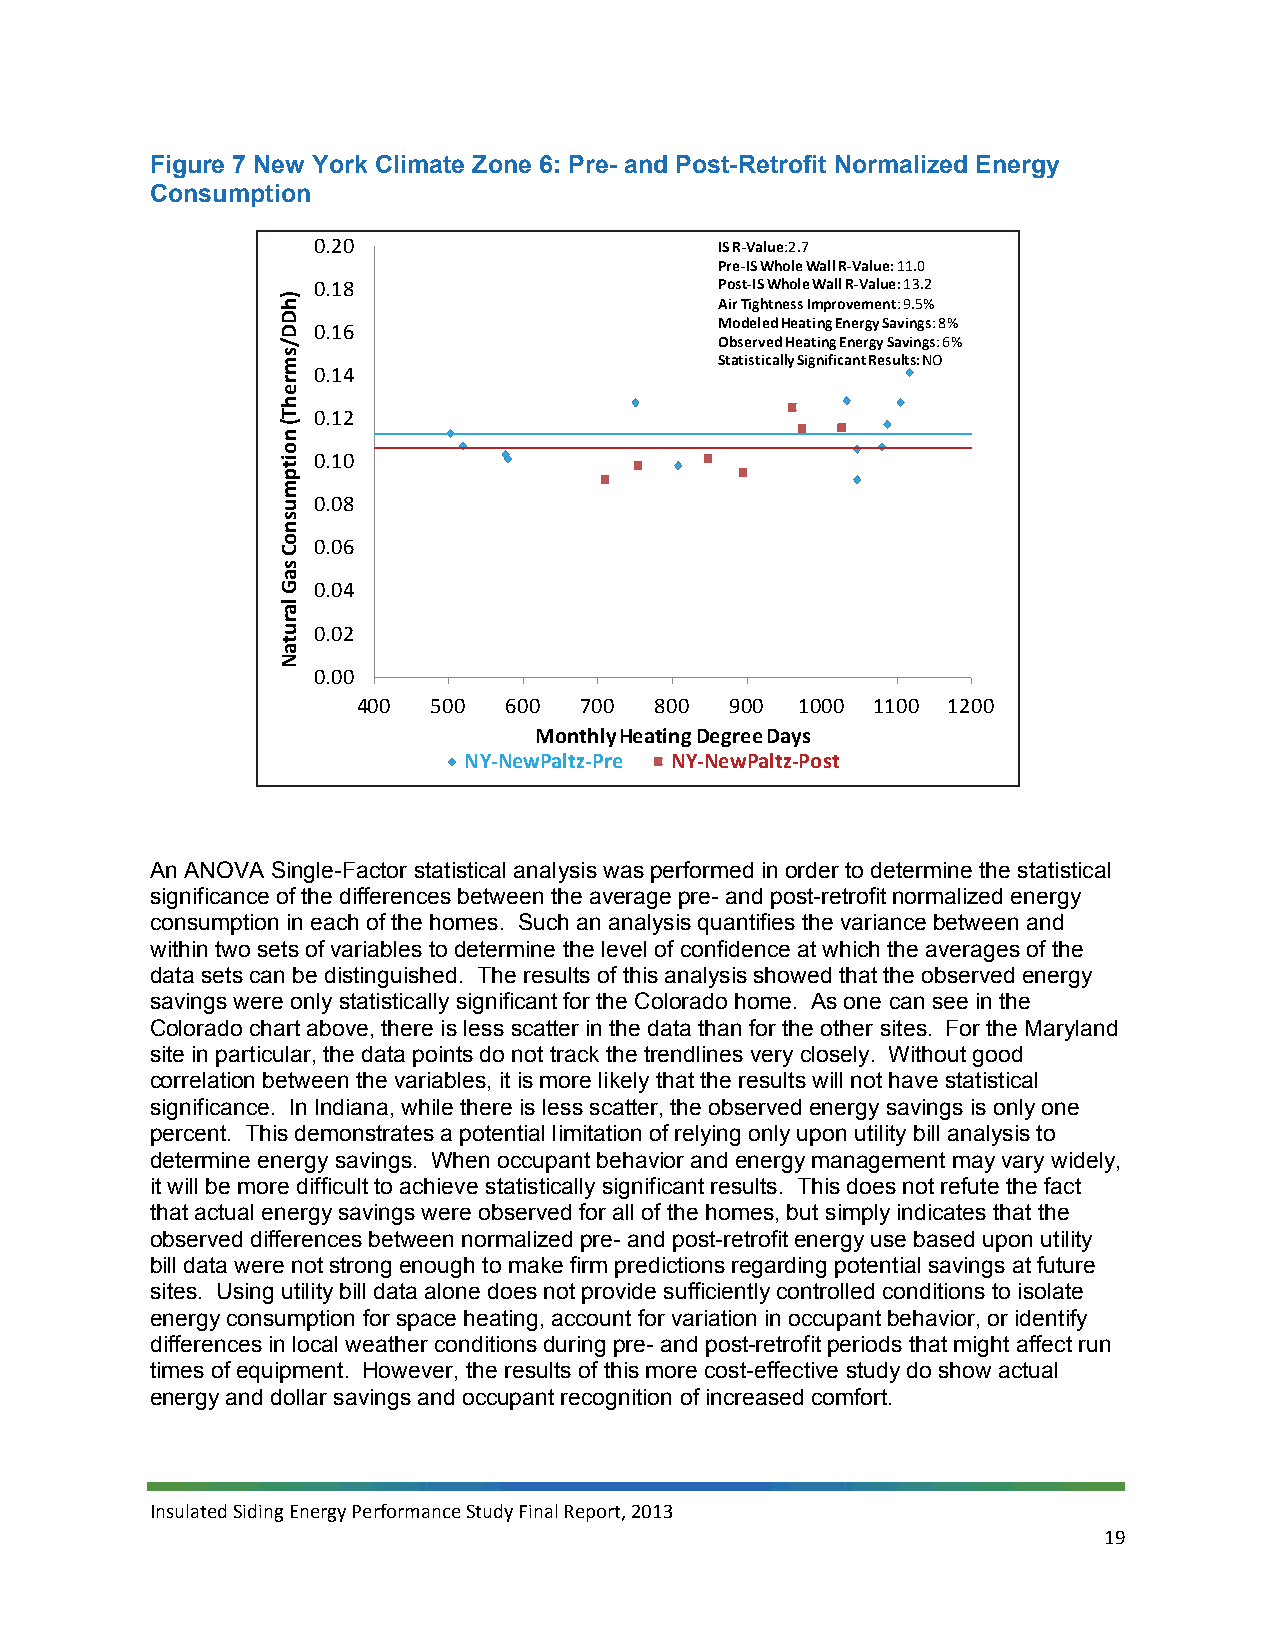
Figure 7 New York Climate Zone 6: Pre- and Post-Retrofit Normalized Energy
 Consumption
 0.20                       IS R‐Value:2.7
 Pre‐IS Whole Wall R‐Value: 11.0
 0.18                       Post‐IS Whole Wall R‐Value: 13.2
 Air Tightness Improvement: 9.5%
 0.16                       Modeled Heating Energy Savings: 8%
 Observed Heating Energy Savings: 6%
 Statistically Significant Results: NO
 0.14
 0.12
 0.10
 0.08
 0.06
 0.04
 0.02
 0.00
 400  500  600 700  800  900  1000 1100 1200
 Monthly Heating Degree Days
 NY‐NewPaltz‐Pre NY‐NewPaltz‐Post
 An ANOVA Single-Factor statistical analysis was performed in order to determine the statistical
 significance of the differences between the average pre- and post-retrofit normalized energy
 consumption in each of the homes. Such an analysis quantifies the variance between and
 within two sets of variables to determine the level of confidence at which the averages of the
 data sets can be distinguished. The results of this analysis showed that the observed energy
 savings were only statistically significant for the Colorado home. As one can see in the
 Colorado chart above, there is less scatter in the data than for the other sites. For the Maryland
 site in particular, the data points do not track the trendlines very closely. Without good
 correlation between the variables, it is more likely that the results will not have statistical
 significance. In Indiana, while there is less scatter, the observed energy savings is only one
 percent. This demonstrates a potential limitation of relying only upon utility bill analysis to
 determine energy savings. When occupant behavior and energy management may vary widely,
 it will be more difficult to achieve statistically significant results. This does not refute the fact
 that actual energy savings were observed for all of the homes, but simply indicates that the
 observed differences between normalized pre- and post-retrofit energy use based upon utility
 bill data were not strong enough to make firm predictions regarding potential savings at future
 sites. Using utility bill data alone does not provide sufficiently controlled conditions to isolate
 energy consumption for space heating, account for variation in occupant behavior, or identify
 differences in local weather conditions during pre- and post-retrofit periods that might affect run
 times of equipment. However, the results of this more cost-effective study do show actual
 energy and dollar savings and occupant recognition of increased comfort.
 Insulated Siding Energy Performance Study Final Report, 2013
 19
 )hDD/smrehT(
 noitpmusnoC
 saG
 larutaN